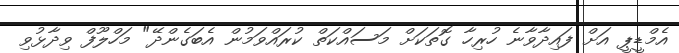
އެމްޑީޕީ އަށް ފައިދާވާނެ ހުރިހާ ގޮތަކަށް މަސައްކަތް ކުރައްވަމުން އެބަގެންދޭ" މަހްލޫފް ވިދާޅުވި